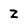
Character: Z